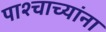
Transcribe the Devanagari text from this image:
पाश्चाच्यांना